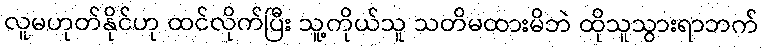
လူမဟုတ်နိုင်ဟု ထင်လိုက်ပြီး သူ့ကိုယ်သူ သတိမထားမိဘဲ ထိုသူသွားရာဘက်